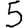
Digit: 5